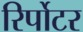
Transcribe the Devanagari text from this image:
रिर्पोटर